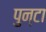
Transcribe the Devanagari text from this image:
पुन्टा